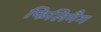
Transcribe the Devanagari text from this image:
फिलिमैग